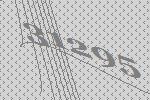
31295